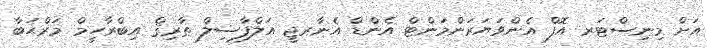
އަށް މިނިސްޓަރ އޮފް އެންވަޔަރަންމަންޓް އެންޑް އެނާރޖީ އަލްފާޟިލް ޠާރިޤް އިބްރާހީމް މަރްޙަބާ